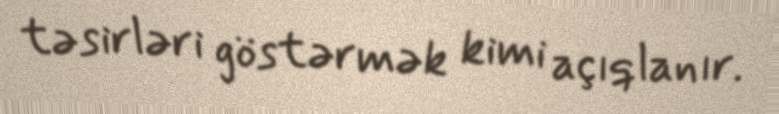
təsirləri göstərmək kimi açıqlanır.